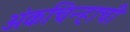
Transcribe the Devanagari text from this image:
अंकचिन्हाची